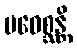
ပဝေစ္ဆန္တိ